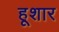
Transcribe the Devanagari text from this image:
हूशार